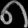
Digit: ၈